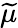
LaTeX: \widetilde{\mu}